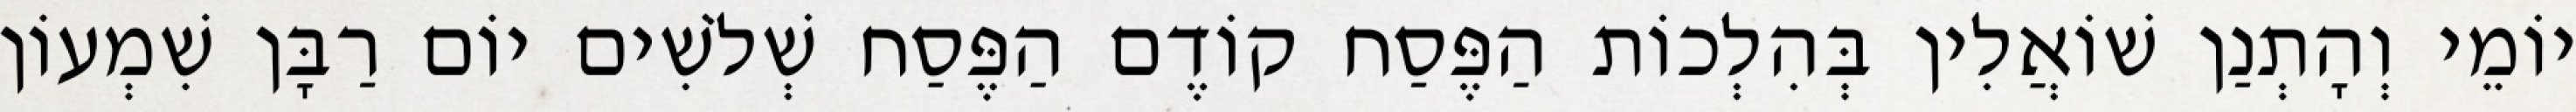
יוֹמֵי וְהָתְנַן שׁוֹאֲלִין בְּהִלְכוֹת הַפֶּסַח קוֹדֶם הַפֶּסַח שְׁלֹשִׁים יוֹם רַבָּן שִׁמְעוֹן